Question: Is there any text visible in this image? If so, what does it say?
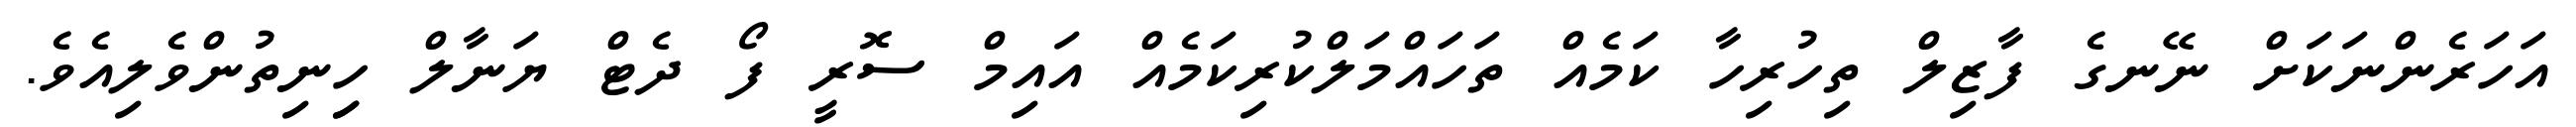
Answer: އަހަރެންނަކަށް ނޭނގެ ފާޒިލް ތިހުރިހާ ކަމެއް ތަހައްމަލްކުރިކަމެއް އައިމް ސޮރީ ފޯ ދެޓް ޔަނާލް ހިިނިތުންވެލިއެވެ.